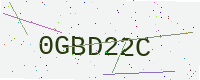
Text: 0GBD22C